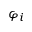
\varphi _ { i }